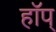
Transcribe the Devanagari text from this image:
हॉप्